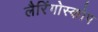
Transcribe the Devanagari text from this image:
लैरिंगोस्कोप